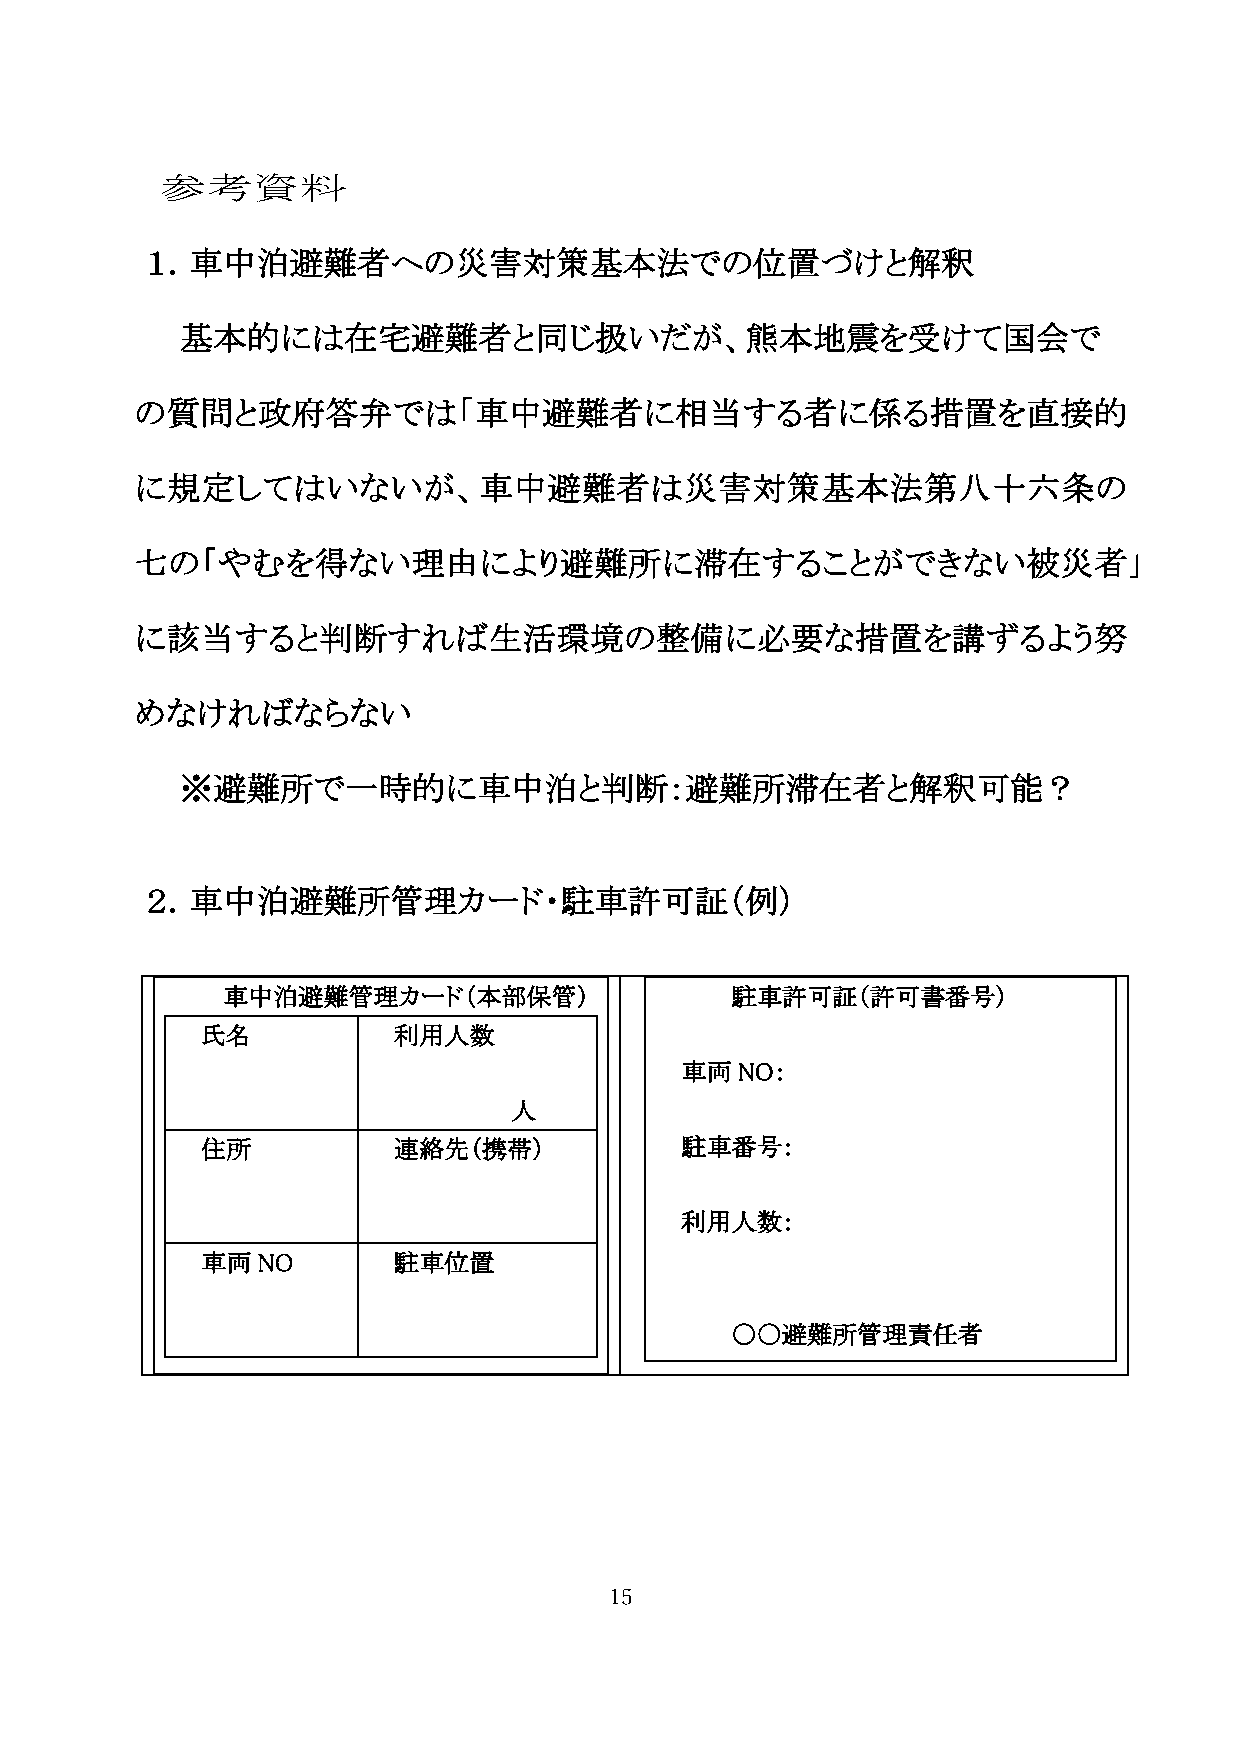
参考資料
 １．車中泊避難者への災害対策基                  法での位置づけと解釈
 基   的には在宅避難者と同じ扱いだが、                          を受けて国会で
 の質問と政府答弁では「車中避難者に相当する者に係る措置を直接的
 に規定してはいないが、車中避難者は災害対策基                            法第八十六条の
 七の「やむを得ない理由により避難所に滞在することができない被災者」
 に該当すると判断すれば生活環境の整備に必要な措置を講ずるよう努
 めなければならない
 ※避難所で一時的に車中泊と判断                  避難所滞在者と解釈可能？
 ２．車中泊避難所管理カード・駐車許可証（例）
 車中泊避難管理カード（       部保管）           駐車許可証（許可書番号）
 氏名           利用人数
 車両  NO
 人
 住所           連絡先（携帯）            駐車番号
 利用人数
 車両  NO       駐車位置
 〇〇避難所管理責任者
 15